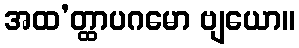
အထ’တ္ထာပဂမော ဗျယော။